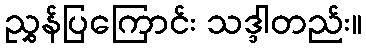
ညွှန်ပြကြောင်း သဒ္ဒါတည်း။